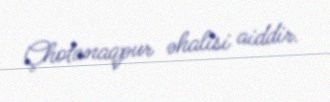
Çhotanaqpur əhalisi aiddir.